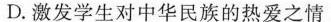
D.激发学生对中华民族的热爱之情